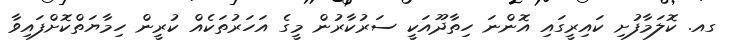
ގއ. ކޮލަމާފުށި ކައިރީގައި އޮންނަ ހިތާދޫއަކީ ސަރުކާރުން މީގެ އަހަރުތަކެއް ކުރީން ހިމާޔަތްކޮށްފައިވާ